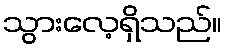
သွားလေ့ရှိသည်။